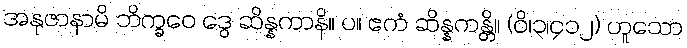
အနုဇာနာမိ ဘိက္ခဝေ ဒွေ ဆိန္နကာနိ။ ပ။ ဧကံ ဆိန္နကန္တိ။ (ဝိ၊၃၊၄၁၂) ဟူသော